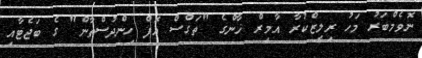
ނޮވެމްބަރު މަހު ރިލީޒްކުރާ އާމިރް ޚާންގެ "ތަގްސް އޮފް ހިންދުސްތާން" ގެ ބަޖެޓާއި